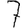
Digit: 7